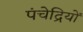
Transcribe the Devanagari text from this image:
पंचेद्रियों